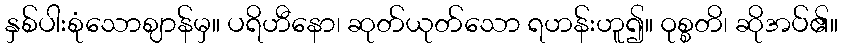
နှစ်ပါးစုံသောဈာန်မှ။ ပရိဟီနော၊ ဆုတ်ယုတ်သော ရဟန်းဟူ၍။ ဝုစ္စတိ၊ ဆိုအပ်၏။